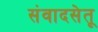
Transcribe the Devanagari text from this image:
संवादसेतू